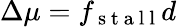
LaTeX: \Delta\mu=f_{\mathrm{~s~t~a~l~l~}}d